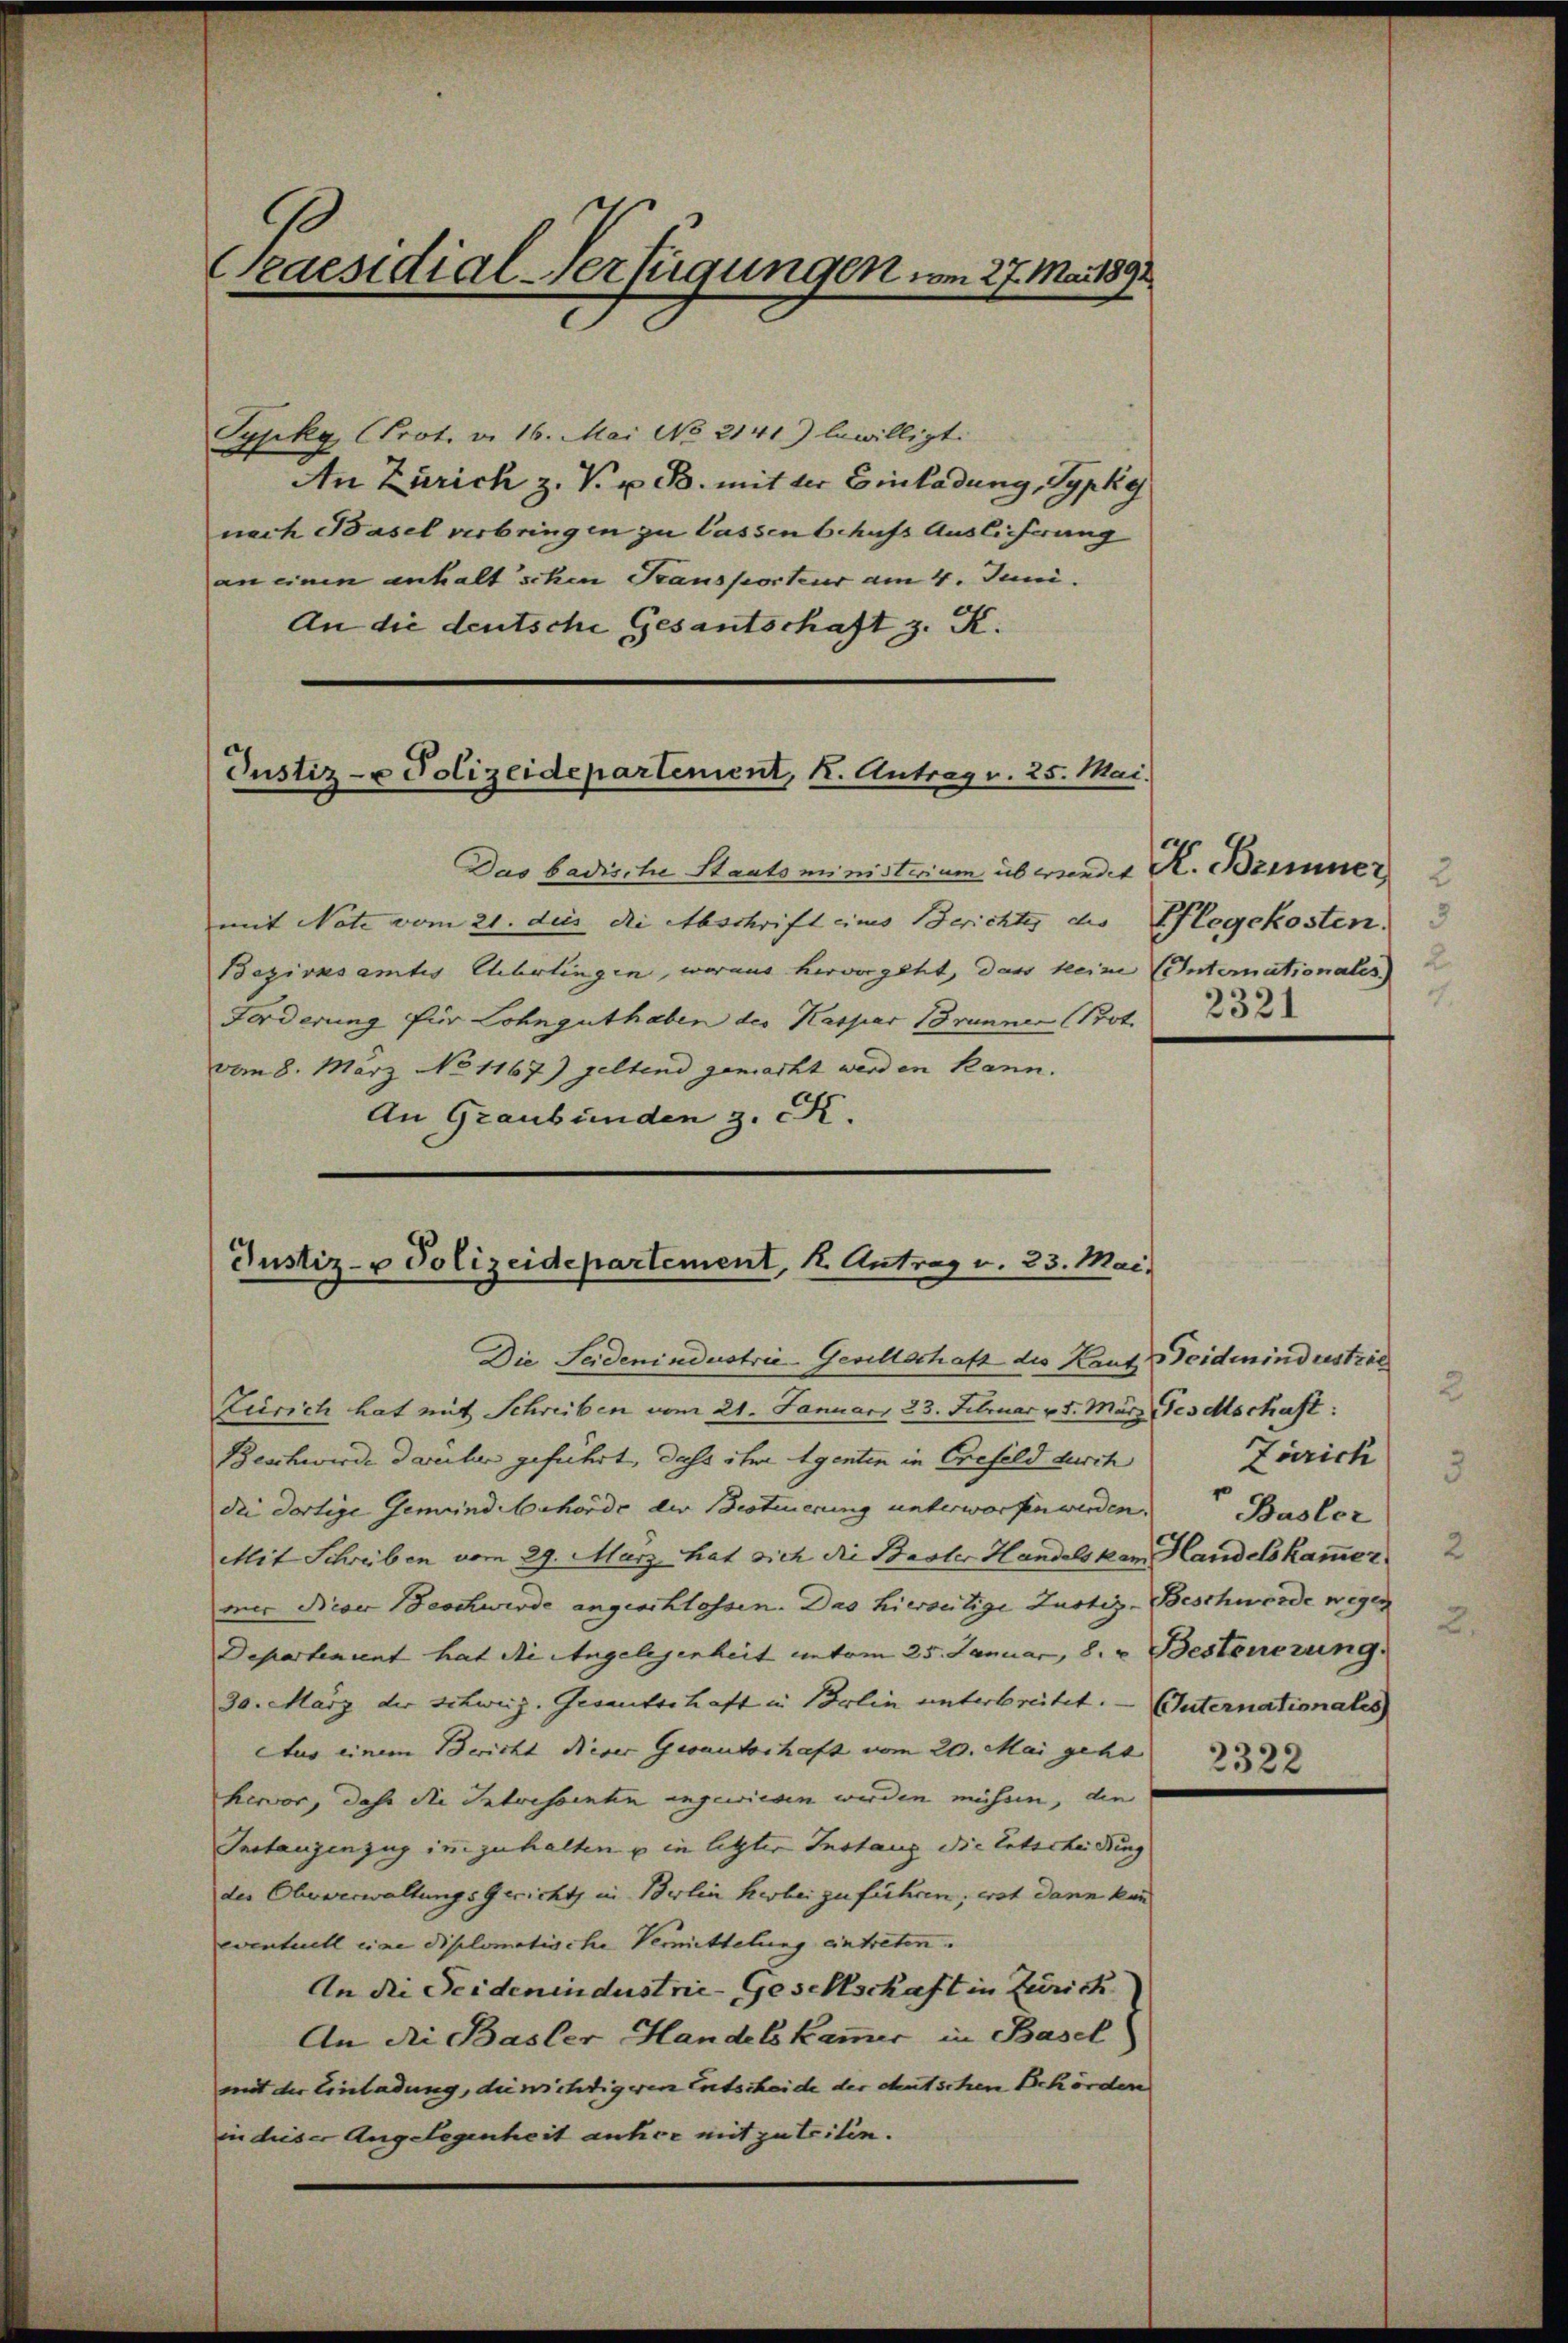
Praesidial-Verfügungen am 27. Mai 1891

Pypky, Prot. v. 16. Mai No 2141) bewilligt.
An Zürich z. V. u. B. mit der Einladung, Typky
nach Basel verbringen zu lassen behufs Auslicherung
an einen anhalt schen Transporteur am 4. Juni.
An die deutsche Gesantschaft z. K.

Justiz- u Polizeidepartement, K. Antrag v. 25. Mai.

Das badische Staatsministerium ab werdet R. Brimmer
mit Note vom 21. dies die Abschrift eines Berichter des |
Bezirksamtes Ehebrlingen, woraus hervorgeht, dass keine Internationales
Forderung für Lohnguthaben des Kaspar Brunner (Prot.
vom 8. März No 1167) geltend gemacht werden kann.
An Graubünden z. K.

Justiz- & Polizeidepartement, 1. Antrag v. 23. Mai.

Die Seidenindustrie-Gesellschaft des Kant Deidmnindustrie
Zürich hat mit Schreiben vom 21. Januar 23. Februar v. 5. März es schaft
Beschwerde darüber geführt, dass ihm Agenten in Erefeld durch
die dortige Gemeind Mehörde der Besteuerung unterworfen werden. Basler
Mit Schreiben vom 29. März hat sich die Basler Handels kam Handelskammer
mner Neser Beschwerde angeschlossen. Das hierseitige Zustiz-Beschwerde wegen
Departenuent hat die Angelegenheit untom 25. Januar, 8. v. Besteuerung.
30. März der Schweiz. Gesantschaft in Belin unterbreitet. — Unternationales
Aus einem Bericht dieser Gesantschaft vom 20. Mai geht
hervor, daß die Intrissenten angewiesen werden müssen, die
Instanzenzug im zuhalten u in letzter Instanz die Unterheidung
des Eheverwaltungs Gericht in Berlin herbei zu führen; wol dann kan
eventuell eine diplomatische Vermittelung eintreten.
An die Seidenindustrie Gesellschaft in Zürich
An di Basler Handelskammer in Basel
mit der Einladung, die wichtigeren Entscheide der deutschen Behörden
in dieser Angelegenheit anher mit zu teilen.

Pflegekosten.
2321

Zürich

2322